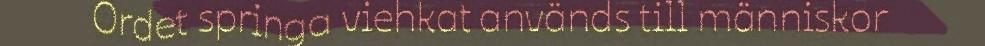
Ordet springa viehkat används till människor